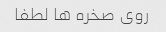
روی صخره ها لطفا